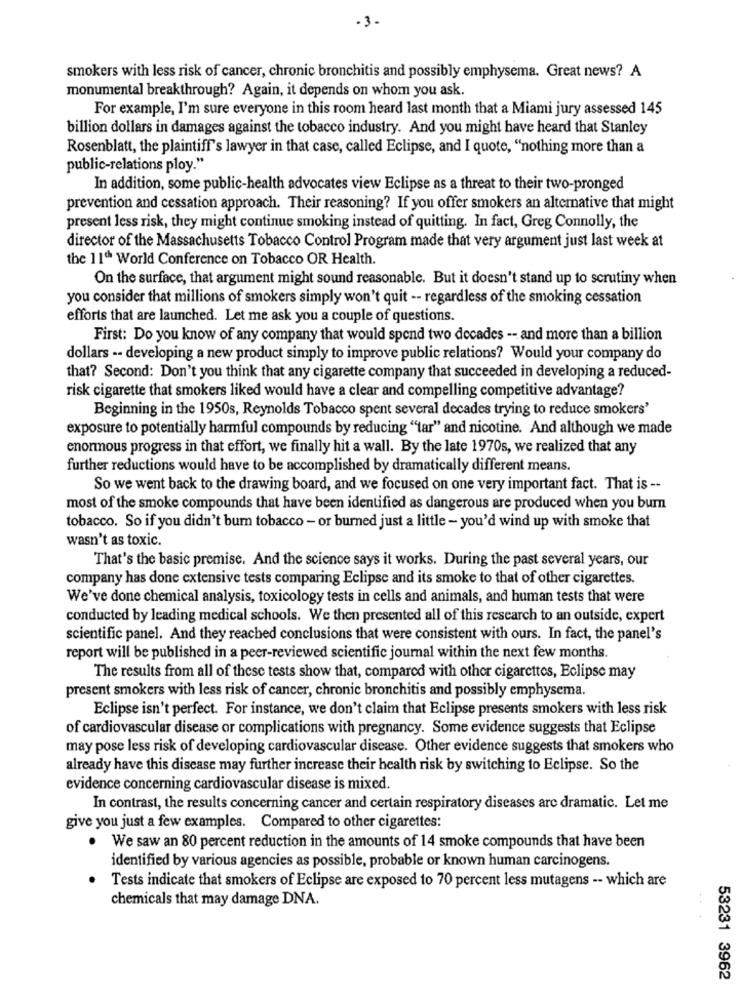
-3-
smokers with less risk of cancer, chronic bronchitis and possibly emphysema. Great news? A
monumental breakthrough? Again, it depends on whom you ask.
For example, I'm sure everyone in this room heard last month that a Miami jury assessed 145
billion dollars in damages against the tobacco industry. And you might have heard that Stanley
Rosenblatt, the plaintiff's lawyer in that case, called Eclipse, and I quote, "nothing more than a
public-relations ploy."
In addition, some public-health advocates view Eclipse as a threat to their two-pronged
prevention and cessation approach. Their reasoning? If you offer smokers an alternative that might
present less risk, they might continue smoking instead of quitting. In fact, Greg Connolly, the
director of the Massachusetts Tobacco Control Program made that very argument just last week at
the 11th World Conference on Tobacco OR Health.
On the surface, that argument might sound reasonable. But it doesn't stand up to scrutiny when
you consider that millions of smokers simply won't quit -- regardless of the smoking cessation
efforts that are launched. Let me ask you a couple of questions.
First: Do you know of any company that would spend two decades -- and more than a billion
dollars -- developing a new product simply to improve public relations? Would your company do
that? Second: Don't you think that any cigarette company that succeeded in developing a reduced-
risk cigarette that smokers liked would have a clear and compelling competitive advantage?
Beginning in the 1950s, Reynolds Tobacco spent several decades trying to reduce smokers'
exposure to potentially harmful compounds by reducing "tar" and nicotine. And although we made
enormous progress in that effort, we finally hit a wall. By the late 1970s, we realized that any
further reductions would have to be accomplished by dramatically different means.
So we went back to the drawing board, and we focused on one very important fact. That is --
most of the smoke compounds that have been identified as dangerous are produced when you burn
tobacco. So if you didn't burn tobacco - or burned just a little - you'd wind up with smoke that
wasn't as toxic.
That's the basic premise. And the science says it works. During the past several years, our
company has done extensive tests comparing Eclipse and its smoke to that of other cigarettes.
We've done chemical analysis, toxicology tests in cells and animals, and human tests that were
conducted by leading medical schools. We then presented all of this research to an outside, expert
scientific panel. And they reached conclusions that were consistent with ours. In fact, the panel's
report will be published in a peer-reviewed scientific journal within the next few months.
The results from all of these tests show that, compared with other cigarettes, Eclipse may
present smokers with less risk of cancer, chronic bronchitis and possibly emphysema.
Eclipse isn't perfect. For instance, we don't claim that Eclipse presents smokers with less risk
of cardiovascular disease or complications with pregnancy. Some evidence suggests that Eclipse
may pose less risk of developing cardiovascular disease. Other evidence suggests that smokers who
already have this disease may further increase their health risk by switching to Eclipse. So the
evidence concerning cardiovascular disease is mixed.
In contrast, the results concerning cancer and certain respiratory diseases are dramatic. Let me
give you just a few examples. Compared to other cigarettes:
. We saw an 80 percent reduction in the amounts of 14 smoke compounds that have been
identified by various agencies as possible, probable or known human carcinogens.
Tests indicate that smokers of Eclipse are exposed to 70 percent less mutagens -- which are
chemicals that may damage DNA.
53231 3962